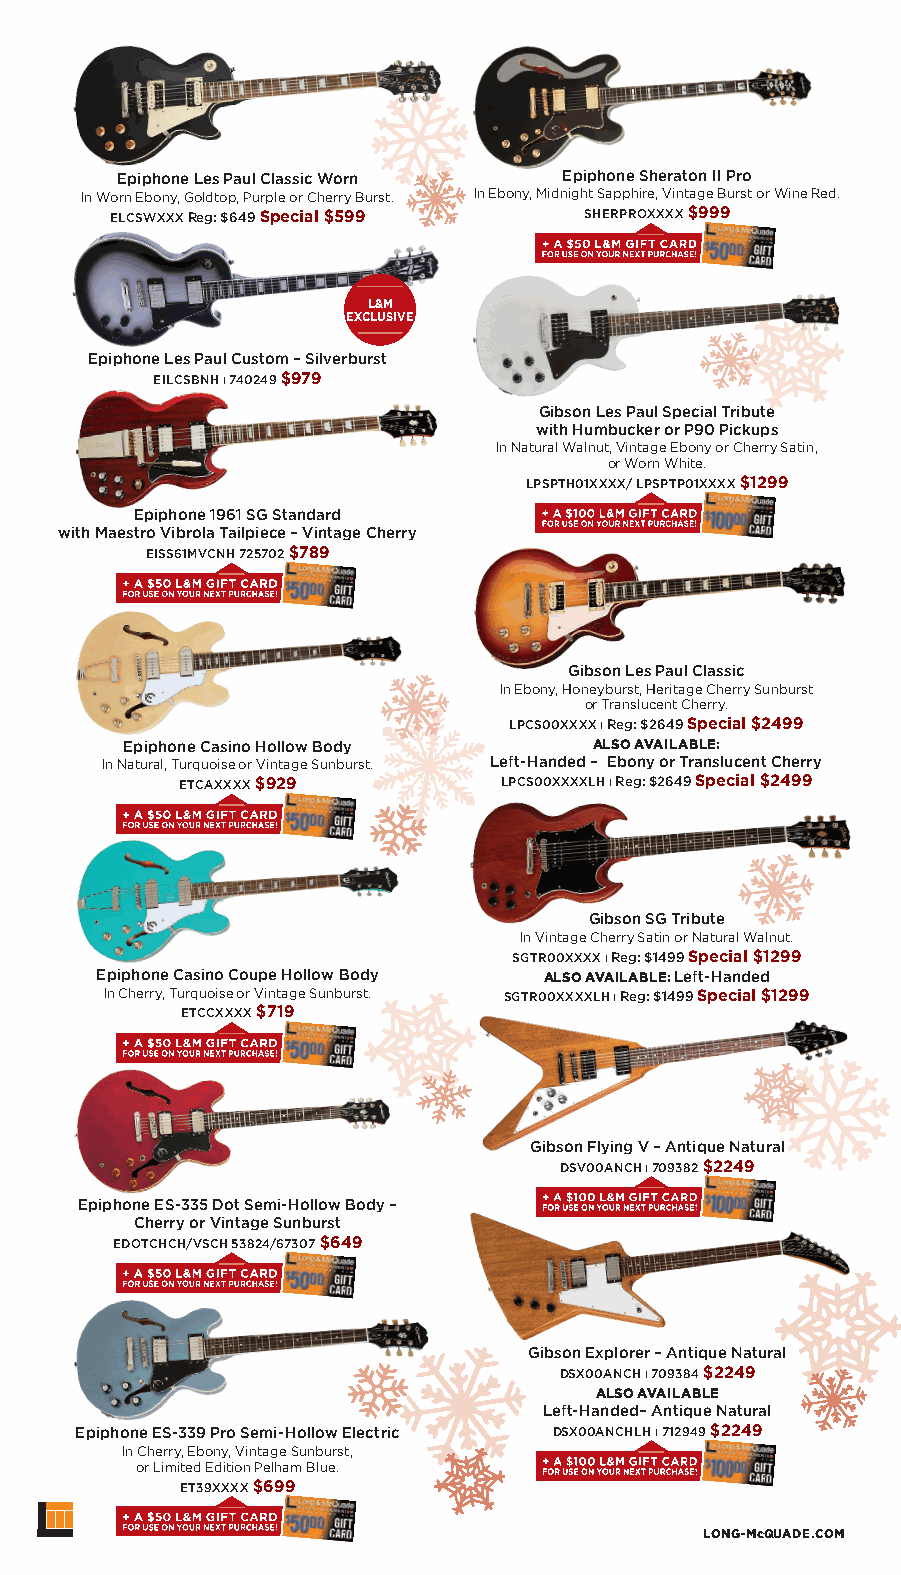
Epiphone Les Paul Classic Worn Epiphone Sheraton II Pro
 In Worn Ebony, Goldtop, Purple or Cherry Burst. In Ebony, Midnight Sapphire, Vintage Burst or Wine Red.
 ELCSWXXX Reg: $649 Special $599 SHERPROXXXX $999
 L&M
 EXCLUSIVE
 Epiphone Les Paul Custom – Silverburst
 EILCSBNH ı 740249 $979
 Gibson Les Paul Special Tribute
 with Humbucker or P90 Pickups
 In Natural Walnut, Vintage Ebony or Cherry Satin,
 or Worn White.
 LPSPTH01XXXX/ LPSPTP01XXXX $1299
 Epiphone 1961 SG Standard
 with Maestro Vibrola Tailpiece – Vintage Cherry
 EISS61MVCNH 725702 $789
 Gibson Les Paul Classic
 In Ebony, Honeyburst, Heritage Cherry Sunburst
 or Translucent Cherry.
 LPCS00XXXX ı Reg: $2649 Special $2499
 Epiphone Casino Hollow Body    ALSO AVAILABLE:
 In Natural, Turquoise or Vintage Sunburst. Left-Handed – Ebony or Translucent Cherry
 ETCAXXXX $929        LPCS00XXXXLH ı Reg: $2649 Special $2499
 Gibson SG Tribute
 In Vintage Cherry Satin or Natural Walnut.
 SGTR00XXXX ı Reg: $1499 Special $1299
 Epiphone Casino Coupe Hollow Body ALSO AVAILABLE: Left-Handed
 In Cherry, Turquoise or Vintage Sunburst. SGTR00XXXXLH ı Reg: $1499 Special $1299
 ETCCXXXX $719
 Gibson Flying V – Antique Natural
 DSV00ANCH ı 709382 $2249
 Epiphone ES-335 Dot Semi-Hollow Body –
 Cherry or Vintage Sunburst
 EDOTCHCH/VSCH 53824/67307 $649
 Gibson Explorer – Antique Natural
 DSX00ANCH ı 709384 $2249
 ALSO AVAILABLE
 Left-Handed– Antique Natural
 Epiphone ES-339 Pro Semi-Hollow Electric DSX00ANCHLH ı 712949 $2249
 In Cherry, Ebony, Vintage Sunburst,
 or Limited Edition Pelham Blue.
 ET39XXXX $699
 LONG-McQUADE.COM